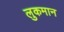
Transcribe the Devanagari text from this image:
लुकमान